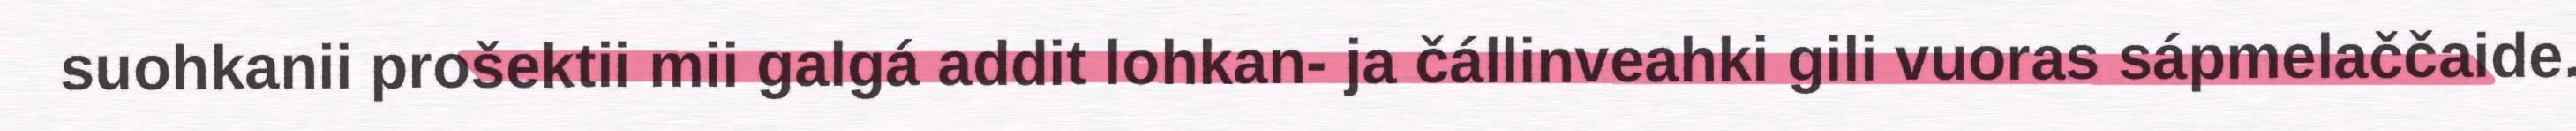
suohkanii prošektii mii galgá addit lohkan- ja čállinveahki gili vuoras sápmelaččaide.